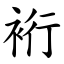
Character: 裄